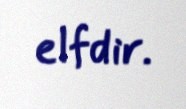
elfdir.